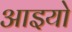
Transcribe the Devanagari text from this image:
आइयो